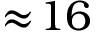
\approx \! 1 6